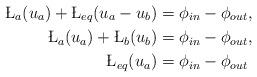
LaTeX: \begin{align*} \L_a (u_a) + \L_{eq} (u_a - u_b) &= \phi_{in} - \phi_{out}, \\ \L_a (u_a) + \L_b (u_b) &= \phi_{in} - \phi_{out}, \\\L_{eq}(u_a) &= \phi_{in} - \phi_{out} \end{align*}